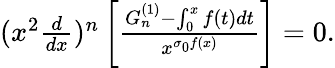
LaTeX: \begin{array}{r}{(x^{2}\frac{d}{dx})^{n}\left[\frac{G_{n}^{(1)}-\int_{0}^{x}f(t)dt}{x^{\sigma_{0}f(x)}}\right]=0.}\end{array}